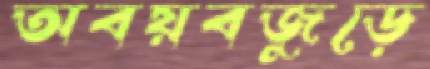
অবয়বজুড়ে